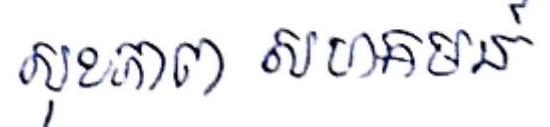
សុខភាព សហគមន៍